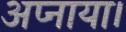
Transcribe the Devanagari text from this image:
अप्नाया।